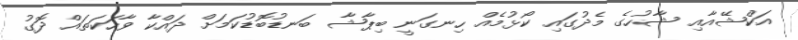
އަކްޝޭއާއި ޝާހުގެ މެދުގައި ކޯޅުމެއް ހިނގަނީ ބިޕާޝާ ބަނޑުބޮޑުކަމަށް ދައްކާ ވާހަކަތައް ދޮގު